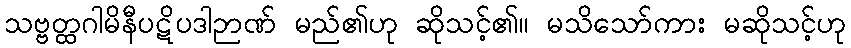
သဗ္ဗတ္ထဂါမိနီပဋိပဒါဉာဏ် မည်၏ဟု ဆိုသင့်၏။ မသိသော်ကား မဆိုသင့်ဟု